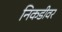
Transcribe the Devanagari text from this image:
निकडीवर